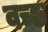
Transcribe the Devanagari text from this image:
वच्छ